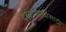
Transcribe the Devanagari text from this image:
दळणवळासाठी